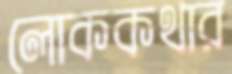
লোককথার